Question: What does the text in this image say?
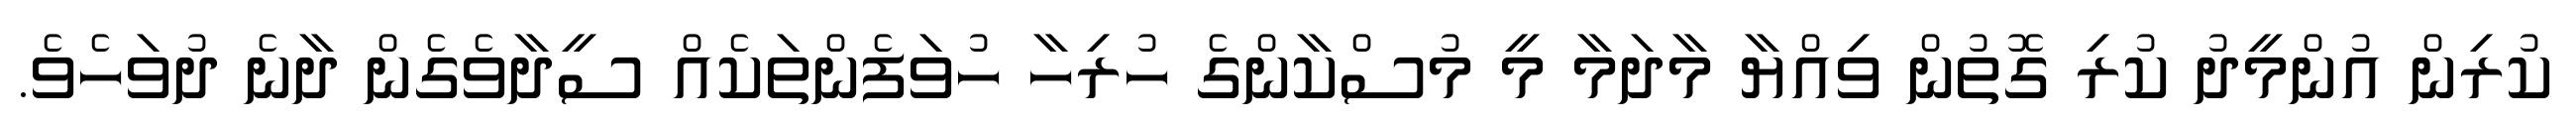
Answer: ކުރިން އުންމީދު ކުރި ގޮތުން ވިއްޔާ މާދަމާ މީ މުސްކާންގެ ހުރިހާ ހުވަފެންތަކެއް ސީދާވެގެން ދާނެ ދުވަހެވެ.